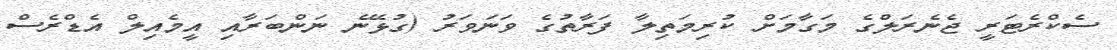
ސެކްރެޓަރީ ޖެނެރަލްގެ މަގާމަށް ކުރިމަތިލާ ފަރާތުގެ ވަނަވަރު (ގުޅޭނެ ނަންބަރާއި އީމެއިލް އެޑްރެސް